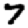
Digit: 7